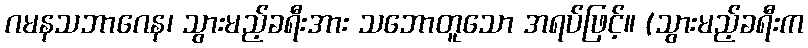
ဂမနသဘာဂေန၊ သွားမည့်ခရီးအား သဘောတူသော အရပ်ဖြင့်။ (သွားမည့်ခရီးက